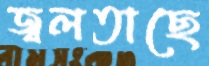
জ্বলতাছে